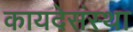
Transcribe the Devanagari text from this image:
कायदेसंस्था